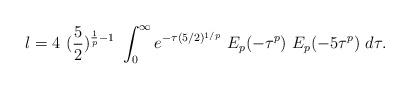
LaTeX: \begin{align*} l = 4~ (\frac{5}{2})^{\frac{1}{p}-1} ~\int_{0}^{\infty} e^{-\tau (5/2)^{1/p}} ~E_p(-\tau^p)~E_p(-5 \tau^p) ~ d\tau. \end{align*}